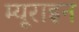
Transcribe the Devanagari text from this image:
म्यूराइन